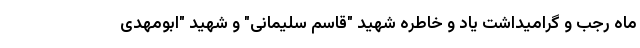
ماه رجب و گرامیداشت یاد و خاطره شهید "قاسم سلیمانی" و شهید "ابومهدی